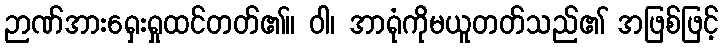
ဉာဏ်အားရှေးရှုထင်တတ်၏။ ဝါ၊ အာရုံကိုမယူတတ်သည်၏ အဖြစ်ဖြင့်